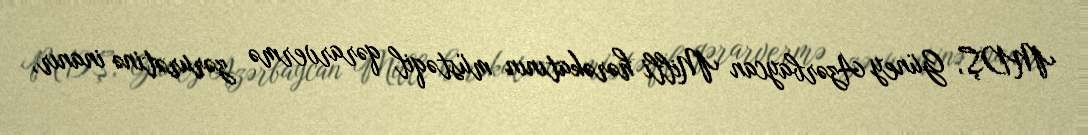
MDŞ, Güney Azərbaycan Milli hərəkatının müstəqil qərarvermə zərurətinə inanır,